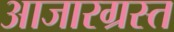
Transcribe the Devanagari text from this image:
आजारग्रस्त